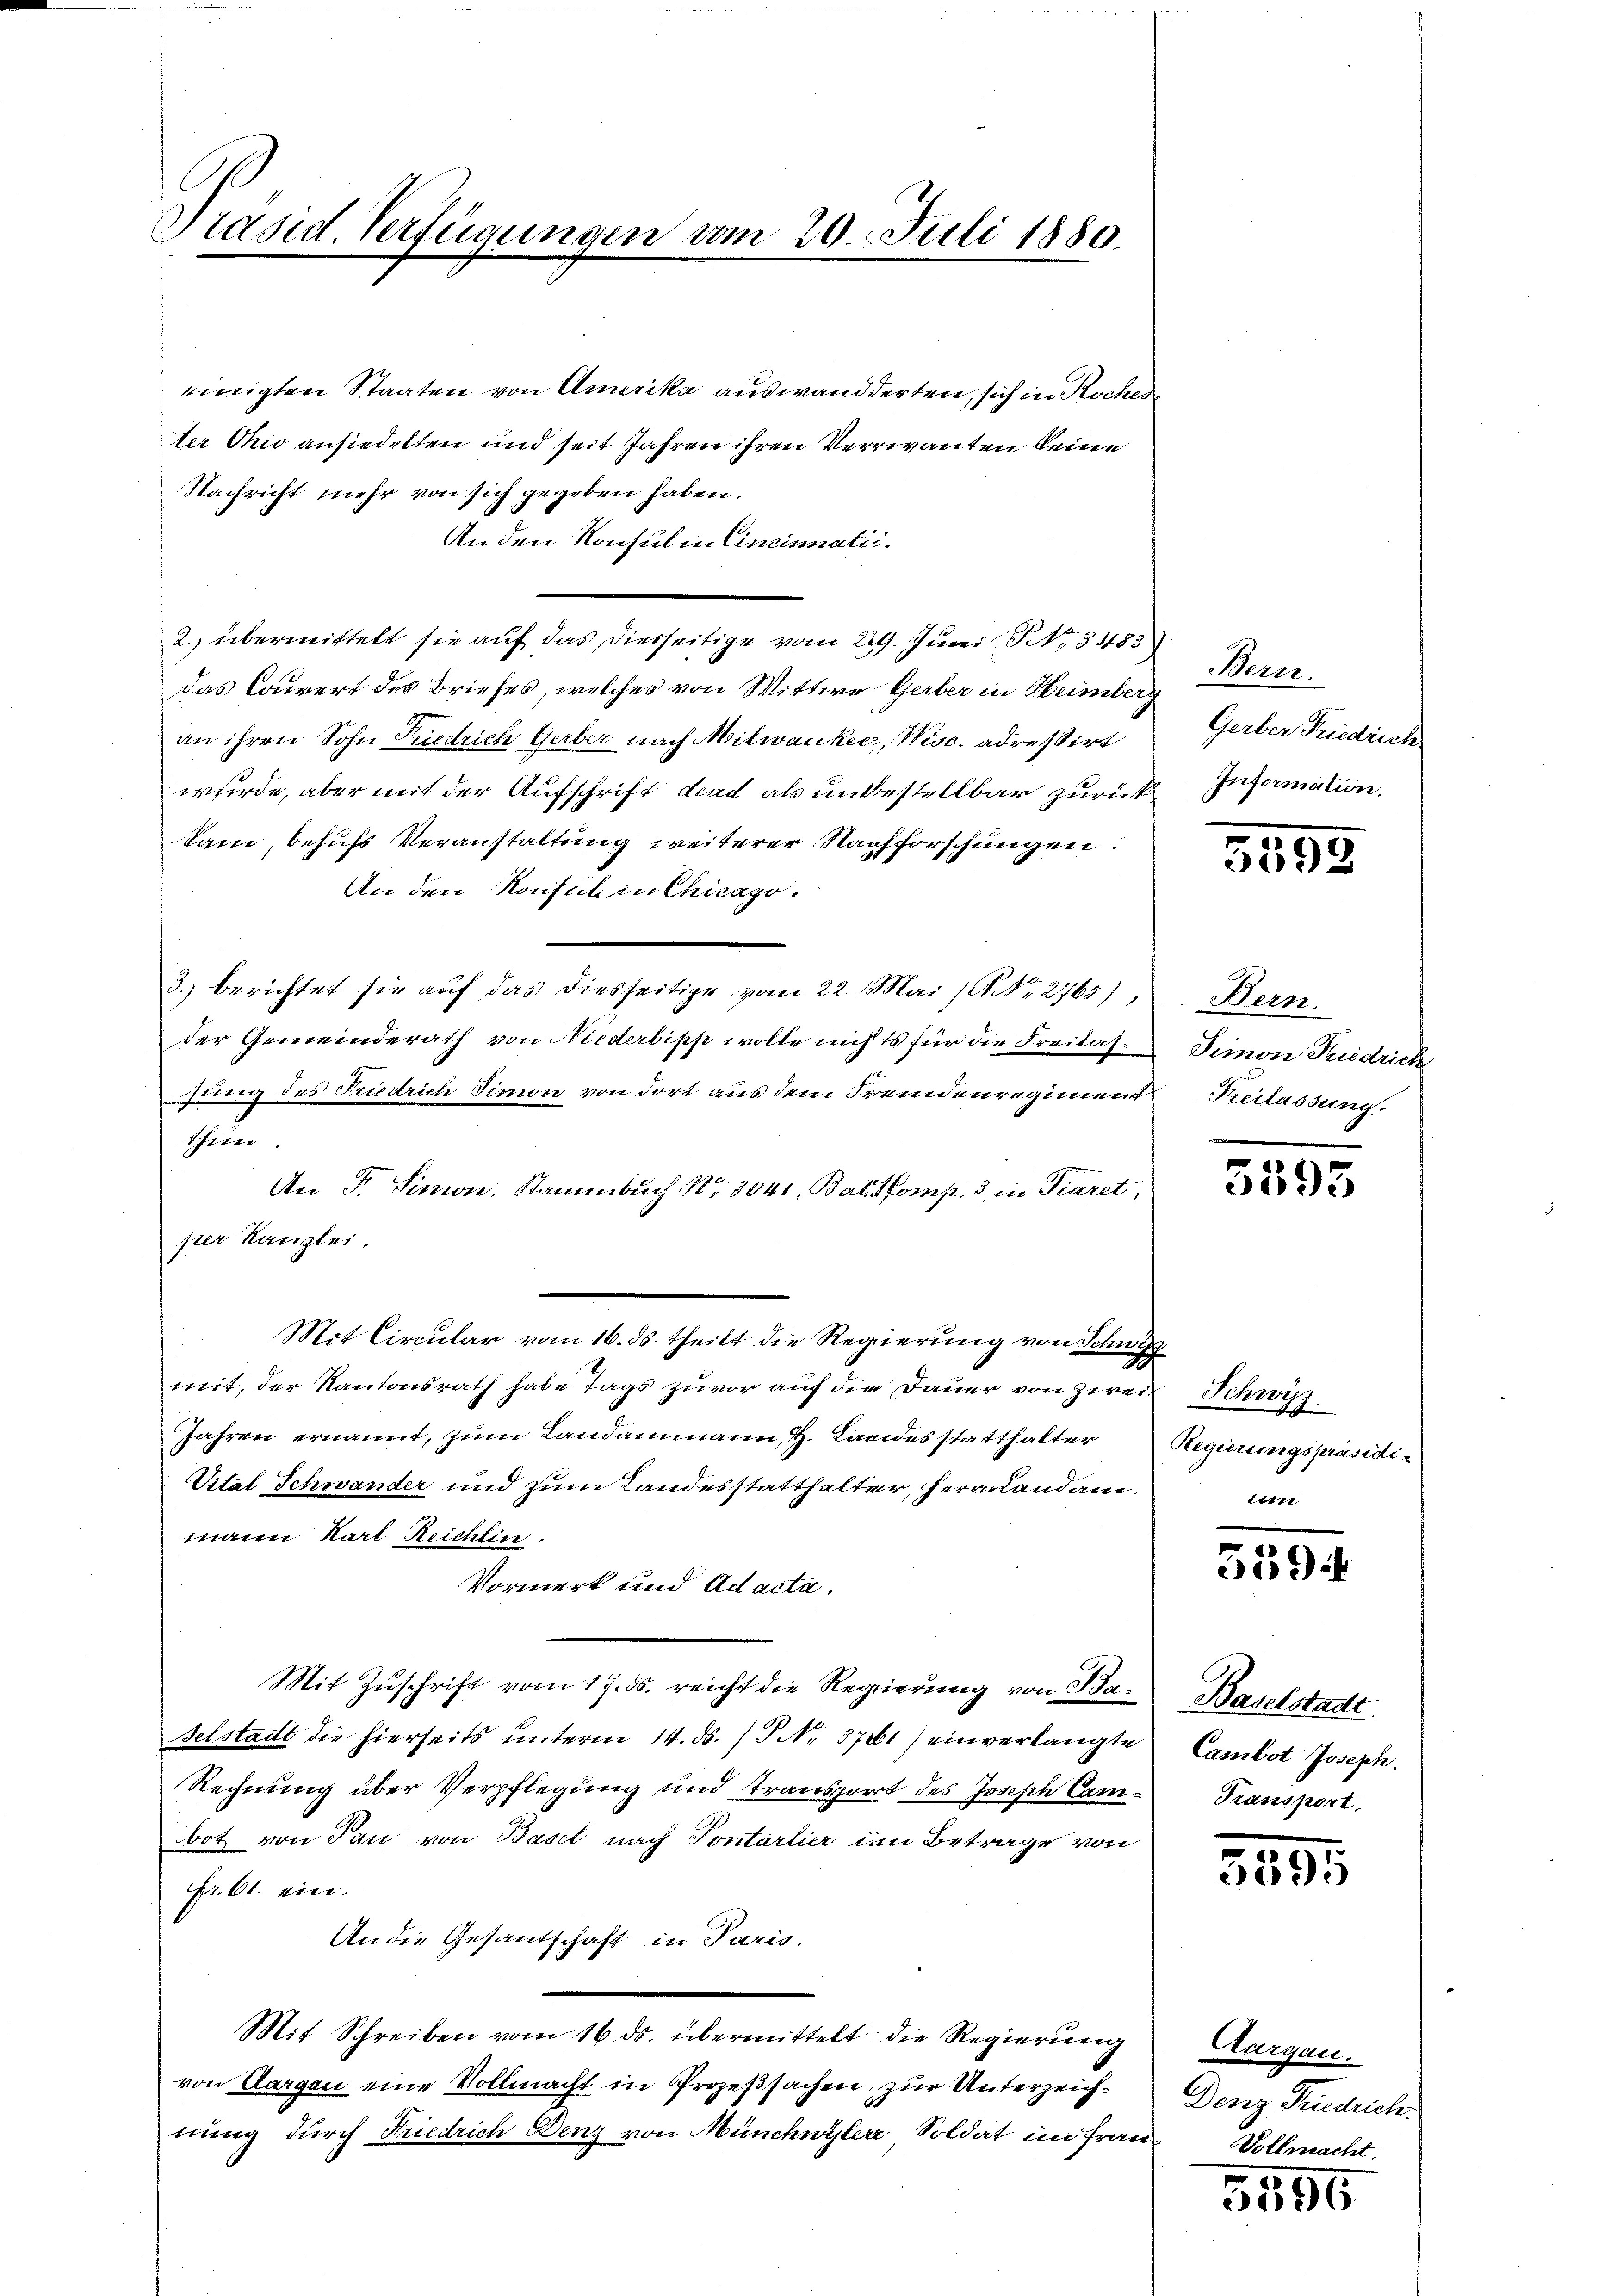
Präsid. Verfügungen am 20. Juli 1880.

einigten Staaten von Amerika auswandderten, sich in Roches
ter Ohio ansiedelten und seit Jahren ihren Verrevanten keine
Nachricht mehr von sich gegeben haben.
An den Konsul in Cincinali.
2.) übermittelt sie auf das diesseitige vom 29. Juni, No. 3483
das Couvert des Briefes, welches von Wittwe Gerber in Heimberg
an ihren Sohn Friedrich Gerber nach Mitwanker, Wisc. adressirt
wurde, aber mit der Aufschrift das als unbestellbar zurück
kam, behufs Veranstaltung weiterer Nachforschungen
An den Konflik in Chicago.
3.) berichtet sie auf das diesseitige vom 22. Mai (ANNo. 2765)
der Gemeinderath von Niederbipp wolle nichts für die Freitaf-Timon Fridrich
sung des Friedrich Simon von dort aus dem Fremdenregiment
thien.
An Fr. Simon, Stammbuch No 3041. Bati Comp. 3, in Piaret
per Kanzlei.
Mit Circular vom 16. ds. theilt die Regierung von Schwifz
mit, der Kantonsrath habe Tags zuvor auf die Dauer von zwei
Jahren ernannt, zum Landammann, H. Landesstatthalter
Vital Schwander und zum Landesstatthalter, Herrn Landammann Karl Reichlin
Vormerk und Adacta.
Mit Zuschrift vom 17. ds. reicht die Regierung von Baselstadt die hierseits ŭnterm 14. ds. / P. Nr. 37061) einverlangte Cambot Joseph.
Rechnung über Verpflegung und Transport des Joseph Cam- Transport
bot von Pan von Basel nach Sontarlier im Betrage von
Fr. 61. ein.
An die Gesantschaft in Paris.
Mit Schreiben vom 16. ds. übermittelt die Regierung
von Aargau eine Vollmacht in Prozeßsachen, zur Unterzeichnung durch Friedrich Denz von Münchwyler, Soldat im Frau

Bern.
Gerber Friedrich
Information.

3595

Bern.
Freilassung.

5595

Schwyz.
Regierungspräsidi-
1611

539

Baselstadt

3595

Aurgau.
Denz Friedrich.
Vollmacht.

5595